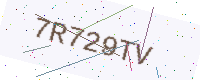
Text: 7R729TV